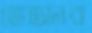
ভেড্ডার